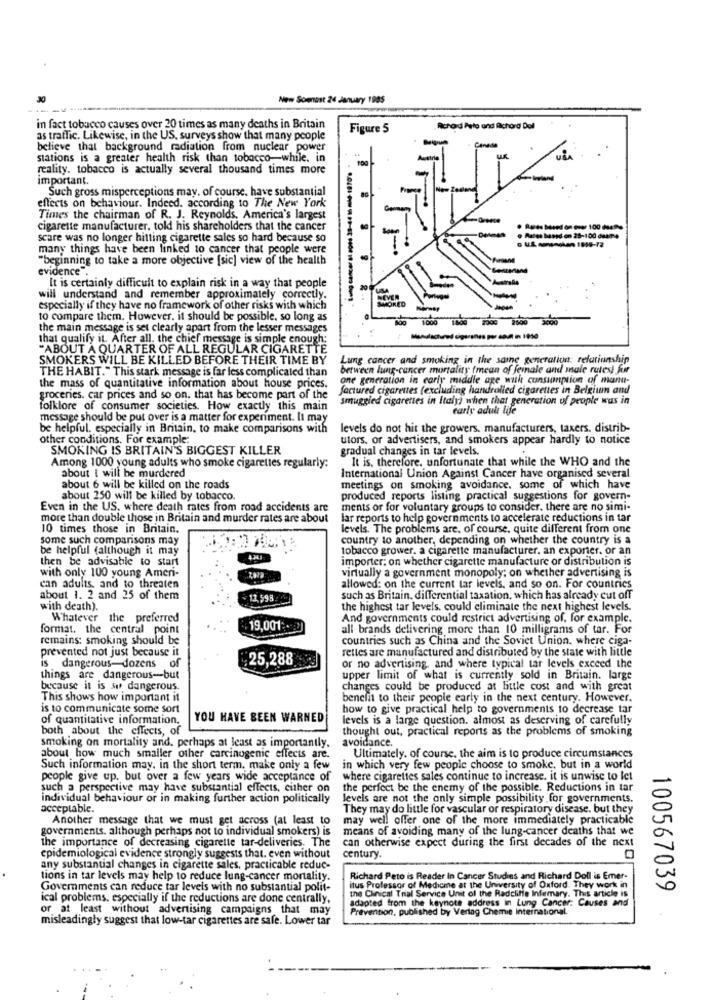
New Soonest 24 January 1985
in fact tobacco causes over 20 times as many deaths in Britain
Figure 5
Richard Pato and Richard Dol
as traffic. Likewise, in the US, surveys show that many people
believe that background radiation from nuclear power
Canada
stations is a greater health risk than tobacco-while. in
UR
reality. tobacco is actually several thousand times more
important.
Such gross misperceptions may, of course. have substantial
effects on behaviour. Indeed. according to The New York
Times the chairman of R. J. Reynolds, America's largest
cigarette manufacturer. told his shareholders that the cancer
scare was no longer hitting cigarette sales so hard because so
. Rules based on 28-100 due
many things have been linked to cancer that people were
"beginning to take a more objective [sic] view of the health
evidence".
It is certainly difficult to explain risk in a way that people
will understand and remember approximately correctly.
------------
especially if they have no framework of other risks with which
to compare them. However, it should be possible, so long as
1000 1000 1000 2600
the main message is set clearly apart from the lesser messages
that qualify it. After all. the chief message is simple enough;
"ABOUT A QUARTER OF ALL REGULAR CIGARETTE
SMOKERS WILL BE KILLED BEFORE THEIR TIME BY
Lung cancer and smoking in the same generation relationship
THE HABIT." This stark message is far less complicated than
between lung-cancer mortality (mean of female and male rutes) før
one generation in cariy middle age with consumption of man-
the mass of quantitative information about house prices.
factured cigarettes (excluding handrolled cigarettes in Belgium and
groceries. car prices and so on. that has become part of the
smuggled cigarettes in Italy) when that generation of people was in
folklore of consumer societies. How exactly this main
carly adult life
message should be put over is a matter for experiment. It may
be helpful. especially in Britain, to make comparisons with
levels do not hit the growers. manufacturers, taxers, distrib-
other conditions. For example:
utors, or advertisers, and smokers appear hardly to notice
SMOKING IS BRITAIN'S BIGGEST KILLER
gradual changes in tar levels.
It is, therefore, unfortunate that while the WHO and the
Among 1000 young adults who smoke cigarettes regularly:
about I will be murdered
International Union Against Cancer have organised several
about 6 will be killed on the roads
meetings on smoking avoidance, some of which have
about 250 will be killed by tobacco.
produced reports listing practical suggestions for govern-
Even in the US. where death rates from road accidents are
ments or for voluntary groups to consider. there are no simi-
more than double those in Britain and murder rates are about
lar reports to help governments to accelerate reductions in tar
10 times those in Britain.
levels. The problems are, of course, quite different from one
some such comparisons may
country to another, depending on whether the country is a
be helpful (although it may
tobacco grower. a cigarette manufacturer. an exporter. or an
then be advisable to start
4.343
importer: on whether cigarette manufacture or distribution is
with only 100 young Ameri-
virtually a government monopoly; on whether advertising is
can adults, and to threaten
allowed: on the current tar levels, and so on. For countries
about 1. 2 and 25 of them
2.993
such as Britain. differential taxation, which has already cut off
with death).
the highest tar levels. could eliminate the next highest levels.
Whatever the preferred
And governments could restrict advertising of. for example.
format. the central point
19,001
all brands delivering more than 10 milligrams of tar. For
remains: smoking should be
countries such as China and the Soviet Union, where ciga-
prevented not just because it
rettes are manufactured and distributed by the state with little
25,288
is dangerous-dozens of
or no advertising, and where typical tar levels exceed the
things are dangerous-but
upper limit of what is currently sold in Britain. large
because it is su dangerous.
changes could be produced at little cost and with great
This shows how important it
benefit to their people early in the next century. However.
is to communicate some sort
how to give practical help to governments to decrease tar
of quantitative information.
YOU HAVE BEEN WARNED
levels is a large question. almost as deserving of carefully
both about the effects, of
thought out, practical reports as the problems of smoking
avoidance.
smoking on mortality and, perhaps at least as importantly.
about how much smaller other carcinogenic effects are.
Ultimately. of course, the aim is to produce circumstances
Such information may. in the short term, make only a few
in which very few people choose to smoke, but in a world
people give up. but over a few years wide acceptance of
where cigarettes sales continue to increase. it is unwise to let
such a perspective may have substantial effects, ciher on
the perfect be the enemy of the possible. Reductions in tar
individual behaviour or in making further action politically
levels are not the only simple possibility for governments.
acceptable.
They may do little for vascular or respiratory disease. but they
Another message that we must get across (at least to
may well offer one of the more immediately practicable
governments. although perhaps not to individual smokers) is
means of avoiding many of the lung-cancer deaths that we
the importance of decreasing cigarette tar-deliveries. The
can otherwise expect during the first decades of the next
epidemiological evidence strongly suggests that. even without
century.
any substantial changes in cigarette sales, practicable reduc-
tions in tar levels may help to reduce lung-cancer mortality.
Richard Peto is Reader In Cancer Studies and Richard Doll is Emer-
Governments can reduce tar levels with no substantial polit-
itus Professor of Medicine at the University of Oxford. They work in
100567039
ical problems. especially if the reductions are done centrally,
the Clinical Trial Service Unit of the Radcliffe Informary. This article is
or at least without advertising campaigns that may
adapted from the keynote address in Lung Cancer: Causes and
Prevention, published by Verlag Chemie International.
misleadingly suggest that low-tar cigarettes are safe. Lower tar